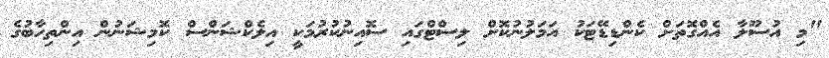
"މި އުސޫލާ އެއްގޮތަށް ކެންޑިޑޭޓަކު އަމަލުނުކޮށް ލިސްޓްގައި ސޮއިނުކުރުމަކީ އިލެކްޝަންސް ކޮމިޝަނުން އިންތިހާބުގެ